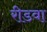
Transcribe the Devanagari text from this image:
रीडवा